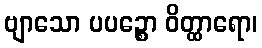
ဗျာသော ပပဉ္စော ဝိတ္ထာရော၊